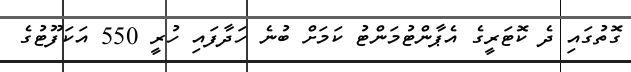
ގޮތުގައި ދެ ކޮޓަރީގެ އެޕާންޓުމަންޓު ކަމަށް ބުނެ ހަދާފައި ހުރީ 550 އަކަފޫޓުގެ